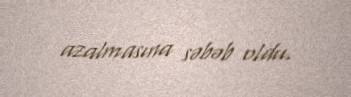
azalmasına səbəb oldu.